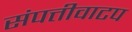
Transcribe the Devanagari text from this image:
संपत्तीवाटप